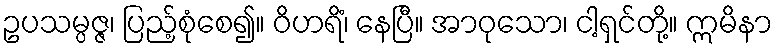
ဥပသမ္ပဇ္ဇ၊ ပြည့်စုံစေ၍။ ဝိဟရိံ၊ နေပြီ။ အာဝုသော၊ ငါ့ရှင်တို့။ ဣမိနာ